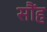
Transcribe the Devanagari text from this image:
सौंह